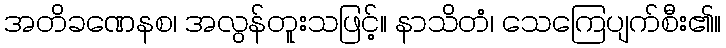
အတိခဏေနစ၊ အလွန်တူးသဖြင့်။ နာသိတံ၊ သေကြေပျက်စီး၏။